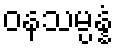
ဝနသမ္ပန္နံ